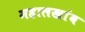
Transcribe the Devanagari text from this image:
महालखांब